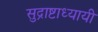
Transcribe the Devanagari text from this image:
सुद्राष्टाध्यायी